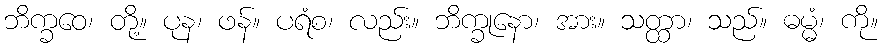
ဘိက္ခဝေ၊ တို့။ ပုန၊ ဖန်။ ပရံစ၊ လည်း။ ဘိက္ခုနော၊ အား။ သတ္ထာ၊ သည်။ ဓမ္မံ၊ ကို။